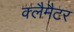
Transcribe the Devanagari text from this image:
क्लैमैटर